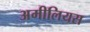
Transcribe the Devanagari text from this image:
अमीलियस